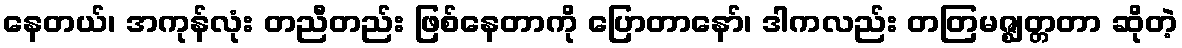
နေတယ်၊ အကုန်လုံး တညီတည်း ဖြစ်နေတာကို ပြောတာနော်၊ ဒါကလည်း တတြမဇ္ဈတ္တတာ ဆိုတဲ့